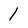
Character: 1